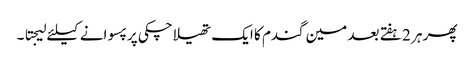
پھر ہر 2 ہفتے بعد مین گندم کا ایک تھیلا چکی پر پسوانے کیلئے لیجتا ۔